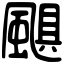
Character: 颶